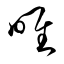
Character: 唯